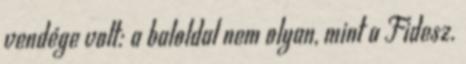
vendége volt: a baloldal nem olyan, mint a Fidesz.